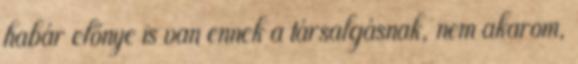
habár előnye is van ennek a társalgásnak, nem akarom,